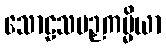
သောဠသပဉှကမ္မိယာ